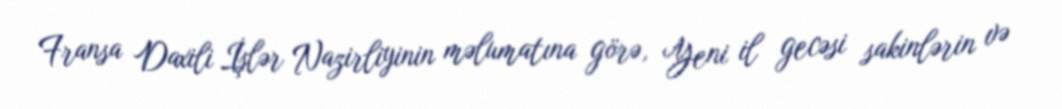
Fransa Daxili İşlər Nazirliyinin məlumatına görə, Yeni il gecəsi sakinlərin və